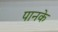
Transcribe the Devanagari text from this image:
पानके